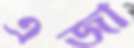
এজা